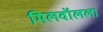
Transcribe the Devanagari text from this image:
मिलवॉलला